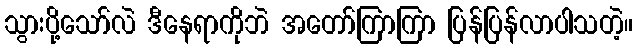
သွားပို့သော်လဲ ဒီနေရာကိုဘဲ အတော်ကြာကြာ ပြန်ပြန်လာပါသတဲ့။